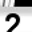
Digit: 2